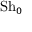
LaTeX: \mathrm { S h } _ { 0 }